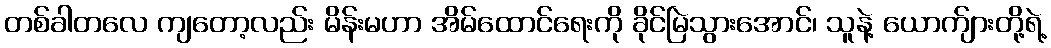
တစ်ခါတလေ ကျတော့လည်း မိန်းမဟာ အိမ်ထောင်ရေးကို ခိုင်မြဲသွားအောင်၊ သူနဲ့ ယောက်ျားတို့ရဲ့